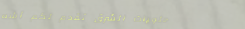
حلويات الشرق تقدم لكم أشه